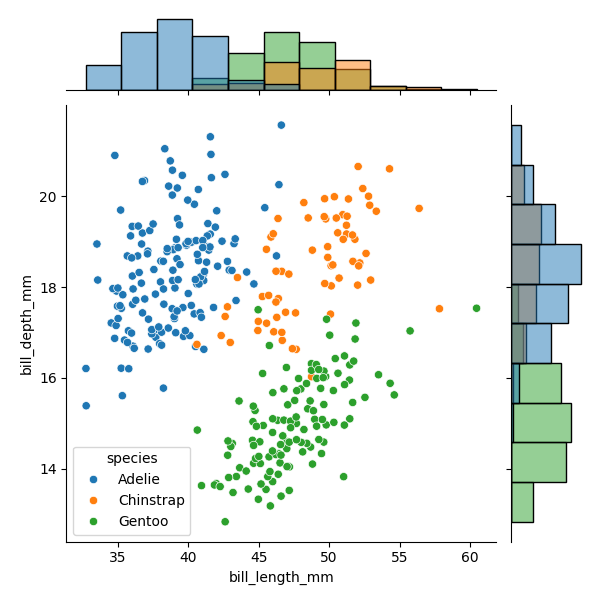
python, seaborn, JointGrid, scatterplot, histplot, hue